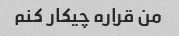
من قراره چیکار کنم